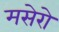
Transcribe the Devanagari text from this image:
मसेरो